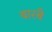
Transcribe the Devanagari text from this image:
बारबै